Insane asylums Bombay 1873-77 - 1873-1877
Year: 1873
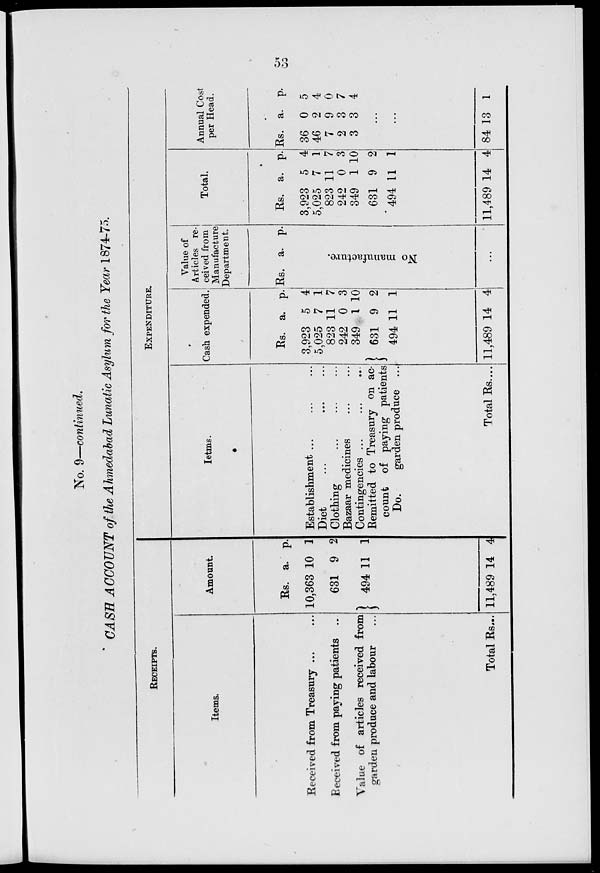
53
No. 9—continued.
CASH ACCOUNT of the Ahmedabad Lunatic Asylum for the Year 1874-75.
RECEIPTS.
Items.
Received from Treasury ... ...
Received from paying patients ...
Value of articles received from
garden produce and labour ...
Total Rs...
Amount.
Rs.
10,363
631
494
a.
10
9
11
p.
1
2
1
11,489 14 4
Items.
Establishment . . . . . . ...
Diet ... ... ...
Clothing ... ... ...
Bazaar medicines ... ...
Contingencies ... ... ...
Remitted to Treasury on ac-
count of paying patients
Do.
garden produce ...
Total Rs....
EXPENDITURE.
Cash expended.
Rs.
3,923
5,025
823
242
349
631
494
11,489
a.
5
7
11
0
1
9
11
14
p.
4
1
7
3
10
2
1
4
Value of
Articles re-
ceived from
Manufacture
Department.
Rs. a. p.
No manufacture.
...
Total.
Rs.
3,923
5,025
823
242
349
631
494
11,489
a.
5
7
11
0
1
9
11
14
p.
4
1
7
3
10
2
1
4
Annual Cost
per Head.
Rs.
36
46
7
2
3
a.
0
2
9
3
3
p.
5
4
0
7
4
...
...
84 13 1